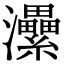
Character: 㶟